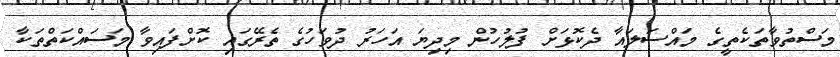
މަސްތުވާތަކެތީގެ މައްސަލައާ ދެކޮޅަށް ފުލުހުން މިދިޔަ އަހަރު ދުވަހުގެ ތެރޭގައި ކޮށްފައިވާ މަސައްކަތްތަކާ